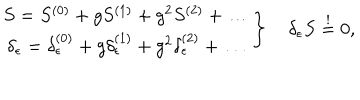
\left. \begin{array} { c } { { S = S ^ { ( 0 ) } + g S ^ { ( 1 ) } + g ^ { 2 } S ^ { ( 2 ) } + \dots } } \\ { { \delta _ { \epsilon } = \delta _ { \epsilon } ^ { ( 0 ) } + g \delta _ { \epsilon } ^ { ( 1 ) } + g ^ { 2 } \delta _ { \epsilon } ^ { ( 2 ) } + \dots } } \\ \end{array} \right\} \quad \delta _ { \epsilon } S \stackrel { ! } { = } 0 ,